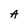
Character: A